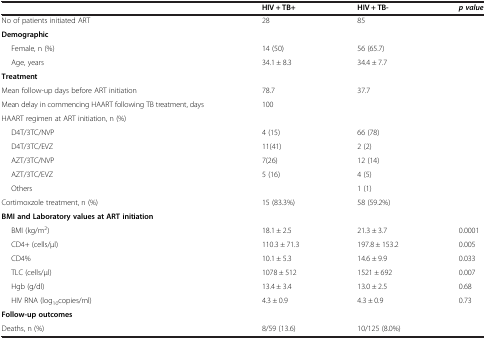
<table><thead><tr><td><b> </b></td><td><b>HIV + TB+</b></td><td><b>HIV + TB-</b></td><td><b><i>p value</i></b></td></tr></thead><tbody><tr><td>No of patients initiated ART</td><td>28</td><td>85</td><td> </td></tr><tr><td><b>Demographic</b></td><td> </td><td> </td><td> </td></tr><tr><td>Female, n (%)</td><td>14 (50)</td><td>56 (65.7)</td><td> </td></tr><tr><td>Age, years</td><td>34.1 ± 8.3</td><td>34.4 ± 7.7</td><td> </td></tr><tr><td><b>Treatment</b></td><td> </td><td> </td><td> </td></tr><tr><td>Mean follow-up days before ART initiation</td><td>78.7</td><td>37.7</td><td> </td></tr><tr><td>Mean delay in commencing HAART following TB treatment, days</td><td>100</td><td> </td><td> </td></tr><tr><td>HAART regimen at ART initiation, n (%)</td><td> </td><td> </td><td> </td></tr><tr><td>D4T/3TC/NVP</td><td>4 (15)</td><td>66 (78)</td><td> </td></tr><tr><td>D4T/3TC/EVZ</td><td>11(41)</td><td>2 (2)</td><td> </td></tr><tr><td>AZT/3TC/NVP</td><td>7(26)</td><td>12 (14)</td><td> </td></tr><tr><td>AZT/3TC/EVZ</td><td>5 (16)</td><td>4 (5)</td><td> </td></tr><tr><td>Others</td><td> </td><td>1 (1)</td><td> </td></tr><tr><td>Cortimoxzole treatment, n (%)</td><td>15 (83.3%)</td><td>58 (59.2%)</td><td> </td></tr><tr><td><b>BMI and Laboratory values at ART initiation</b></td><td> </td><td> </td><td> </td></tr><tr><td>BMI (kg/m<sup>2</sup>)</td><td>18.1 ± 2.5</td><td>21.3 ± 3.7</td><td>0.0001</td></tr><tr><td>CD4+ (cells/μl)</td><td>110.3 ± 71.3</td><td>197.8 ± 153.2</td><td>0.005</td></tr><tr><td>CD4%</td><td>10.1 ± 5.3</td><td>14.6 ± 9.9</td><td>0.033</td></tr><tr><td>TLC (cells/μl)</td><td>1078 ± 512</td><td>1521 ± 692</td><td>0.007</td></tr><tr><td>Hgb (g/dl)</td><td>13.4 ± 3.4</td><td>13.0 ± 2.5</td><td>0.68</td></tr><tr><td>HIV RNA (log<sub>10</sub>copies/ml)</td><td>4.3 ± 0.9</td><td>4.3 ± 0.9</td><td>0.73</td></tr><tr><td><b>Follow-up outcomes</b></td><td> </td><td> </td><td> </td></tr><tr><td>Deaths, n (%)</td><td>8/59 (13.6)</td><td>10/125 (8.0%)</td><td> </td></tr></tbody></table>